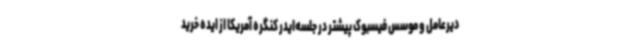
دیرعامل و موسس فیسبوک پیشتر در جلسه‌ایدر کنگره آمریکا از ایده خرید